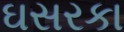
ઘસરકા